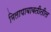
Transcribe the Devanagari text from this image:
मिलापाबाबतीतील